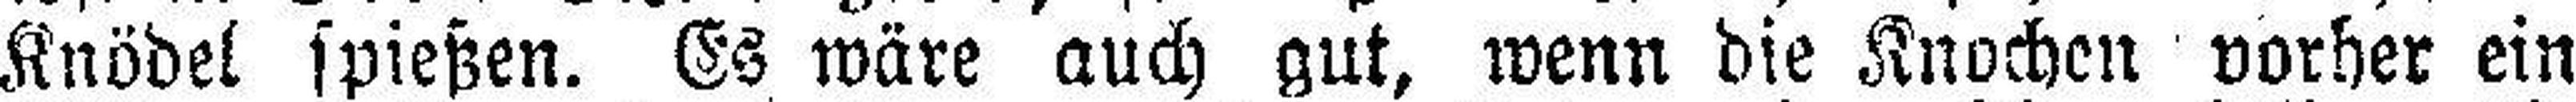
Knödel spießen. Es wäre auch gut, wenn die Knochen vorher ein